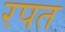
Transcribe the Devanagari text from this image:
रपत